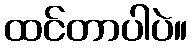
ထင်တာပါပဲ။